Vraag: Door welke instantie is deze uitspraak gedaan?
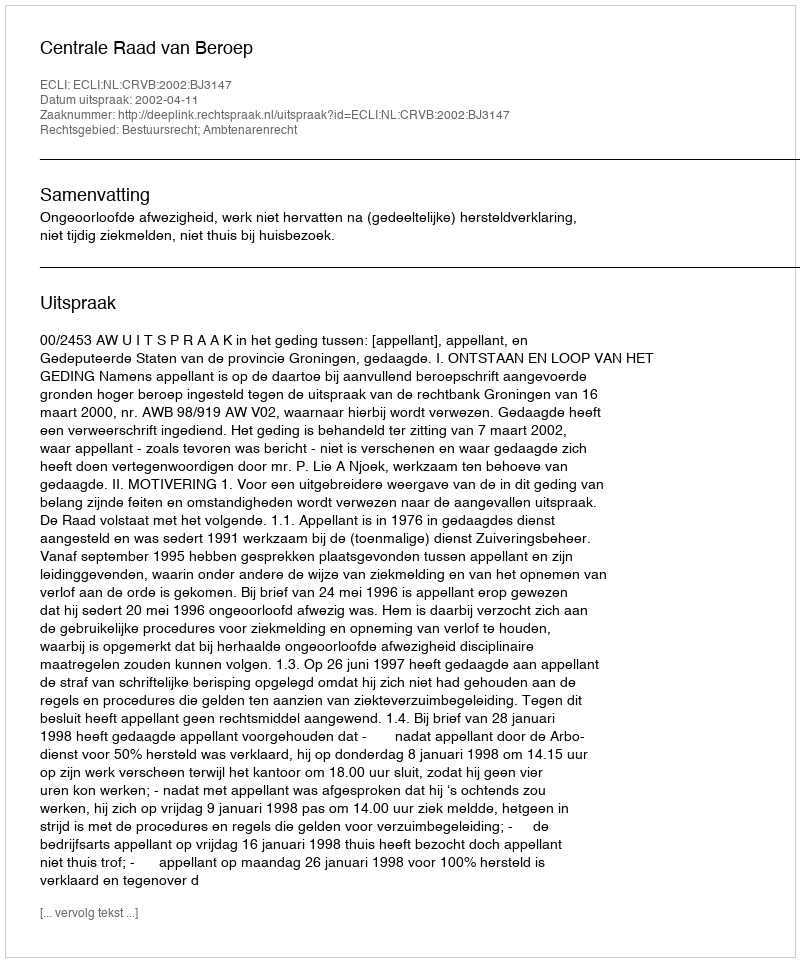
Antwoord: Centrale Raad van Beroep